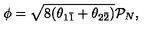
\phi = \sqrt { 8 ( \theta _ { 1 \bar { 1 } } + \theta _ { 2 \bar { 2 } } ) } \mathcal { P } _ { N } ,